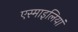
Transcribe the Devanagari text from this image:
एस्माइलियां